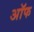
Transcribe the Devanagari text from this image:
अॉफ